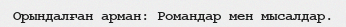
Орындалған арман: Романдар мен мысалдар.